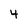
Character: 4